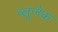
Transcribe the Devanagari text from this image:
ब्लूजैक